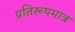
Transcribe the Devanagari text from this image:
प्रतिरूपमात्र